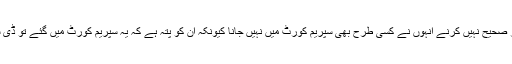
انھوں نے ٹی او آر صحیح نہیں کرنے انہوں نے کسی طرح بھی سپریم کورٹ میں نہیں جانا کیونکہ ان کو پتہ ہے کہ یہ سپریم کورٹ میں گئے تو ڈی سیٹ ہوجائیں گے۔